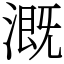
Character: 溉